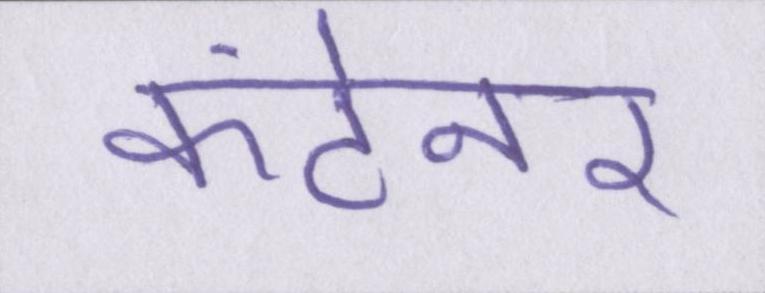
कंटेनर